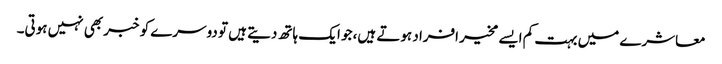
معاشرے میں بہت کم ایسے مخیر افراد ہوتے ہیں، جو ایک ہاتھ دیتے ہیں تو دوسرے کو خبر بھی نہیں ہوتی۔